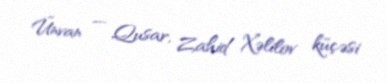
Ünvan — Qusar, Zahid Xəlilov küçəsi